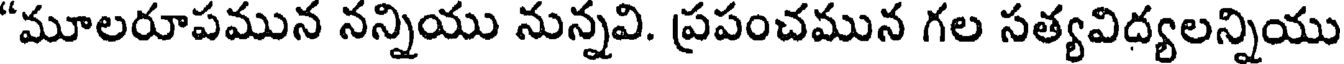
'మూలరూపమున నన్నియు నున్నవి. ప్రపంచమున గల సత్యవిద్యలన్నియు